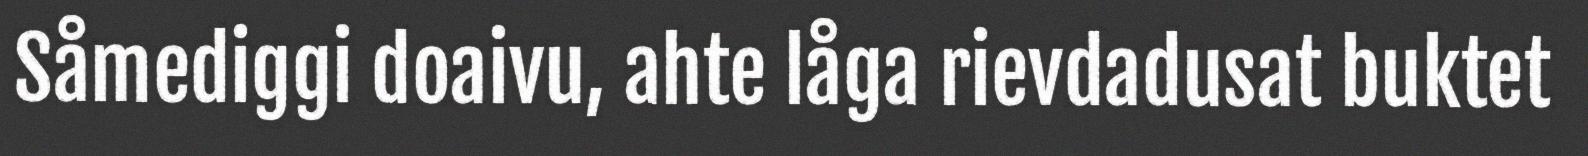
Såmediggi doaivu, ahte låga rievdadusat buktet